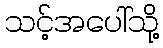
သင့်အပေါ်သို့